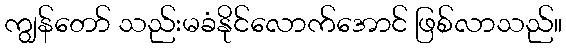
ကျွန်တော် သည်းမခံနိုင်လောက်အောင် ဖြစ်လာသည်။